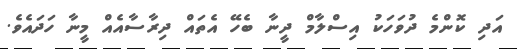
އަދި ކޮންމެ ދުވަހަކު އިސްލާމް ދީނާ ބެހޭ އެތައް ދިރާސާއެއް މީނާ ހަދައެވެ.